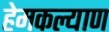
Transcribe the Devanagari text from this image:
हेमकल्याण